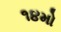
૧૪મો